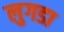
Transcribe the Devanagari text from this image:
लुगडा